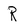
Character: R